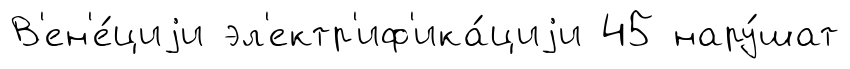
В'ен'е́циjи эл'ектр'иф'ика́циjи 45 нару́шат